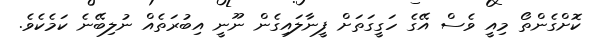
ކޮށްގެންތޯ މިއީ ވެސް އޭގެ ހަގީގަތަށް ފީނާލައިގެން ނޫނީ އިބުރަތެެއް ނުލިބޭނެ ކަމެކެވެ.